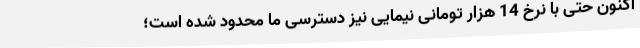
اکنون حتی با نرخ 14 هزار تومانی نیمایی نیز دسترسی ما محدود شده است؛